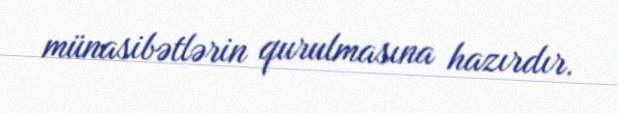
münasibətlərin qurulmasına hazırdır.